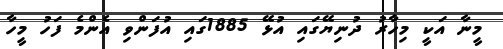
މީނާ އަކީ މިހާރު ދުނިޔޭގައި އުޅޭ 1885ގައި އުފަންވި އެންމެ ފަހު މީހާ